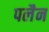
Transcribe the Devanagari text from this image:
पलैन